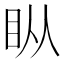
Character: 𰥒